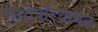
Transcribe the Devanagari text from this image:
शिरोपरिधावन